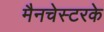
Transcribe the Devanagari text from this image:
मैनचेस्टरके